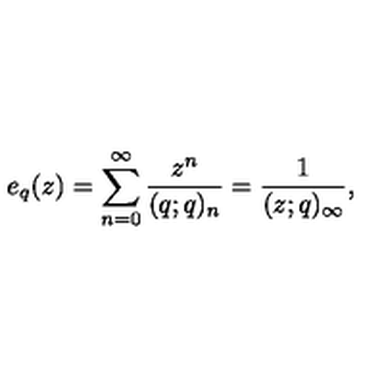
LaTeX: e _ { q } ( z ) = \sum _ { n = 0 } ^ { \infty } \frac { z ^ { n } } { ( q ; q ) _ { n } } = \frac { 1 } { ( z ; q ) _ { \infty } } ,